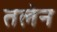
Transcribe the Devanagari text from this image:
तलेन